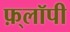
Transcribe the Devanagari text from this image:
फ़्लॉपी